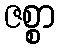
ဇစ္စာ